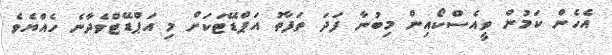
އެހެން ކަމުން ވީއެސްކޯއިން މިބުނާ ފަދަ ތަފާތު އަޕްޑޭޓަކަށް މި އަޕްޑޭޓްވެދާނެ ހެއްޔެވެ